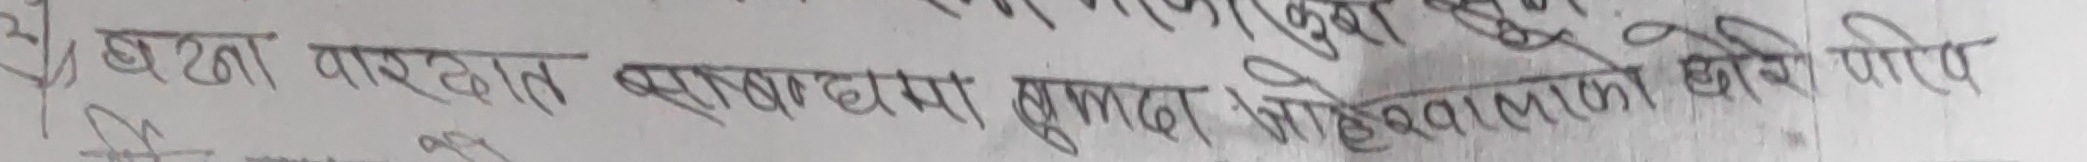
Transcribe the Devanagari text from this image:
हे बाखा बारदात बसाबटमा मुद्दामा जेलवालको क्षति पाइए